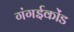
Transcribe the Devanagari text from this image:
गंगईकोंड